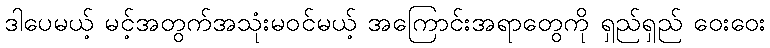
ဒါပေမယ့် မင့်အတွက်အသုံးမဝင်မယ့် အကြောင်းအရာတွေကို ရှည်ရှည် ဝေးဝေး